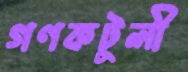
গণকটুলী